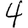
Digit: 4